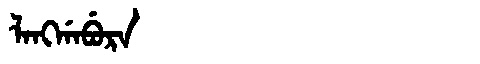
Manchu: ᠯᠠᠩᡤᠠᠪᡠᡵᠠ
Romanization: LANGGABURA